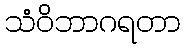
သံဝိဘာဂရတာ